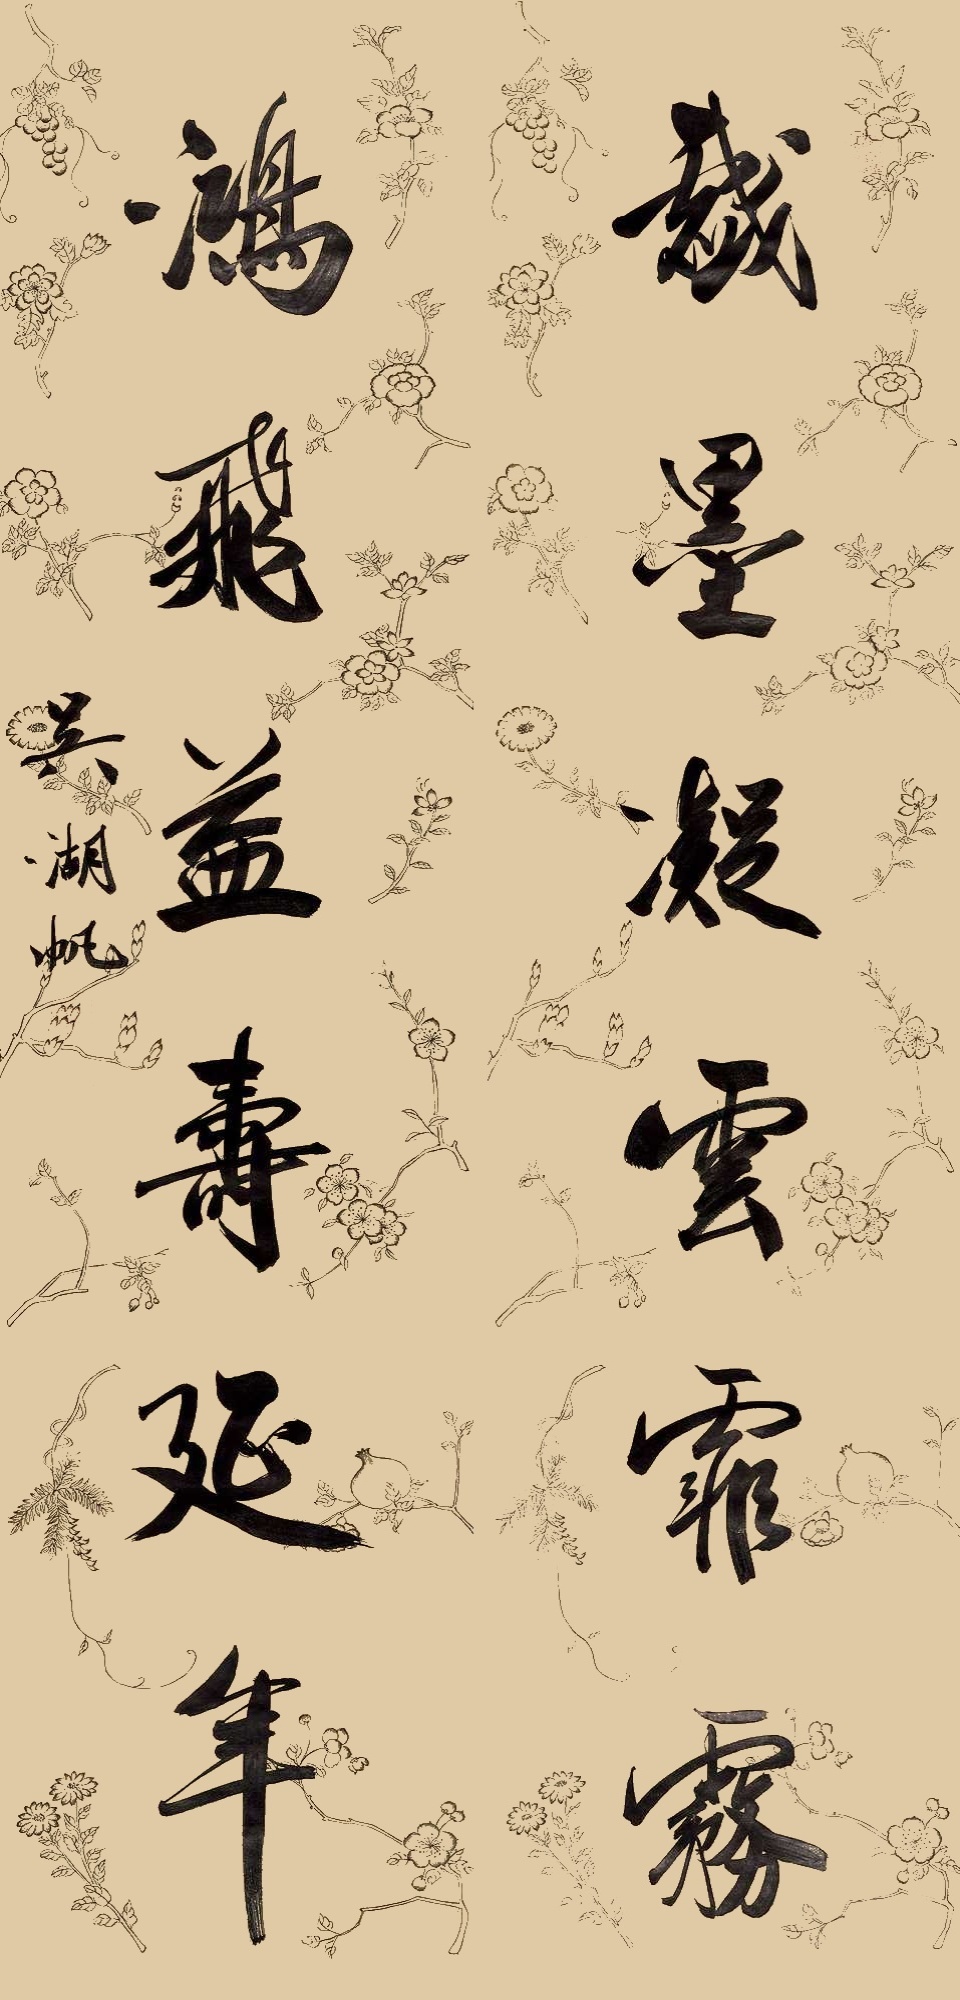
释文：戏墨凝云霏雾，鸿飞益寿延年。吴湖帆。